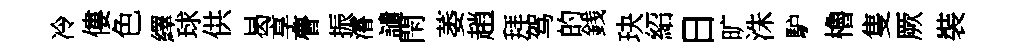
冷僂色繹球供曷享瞢振濬譴閇萎趙拜驾的銭玦紹日旷洙馿櫓隻厥裝